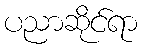
ပညာဆိုင်ရာ